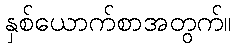
နှစ်ယောက်စာအတွက်။